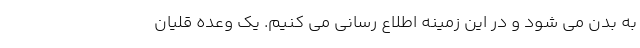
به بدن می‌ شود و در این زمینه اطلاع رسانی می ‌کنیم. یک وعده قلیان